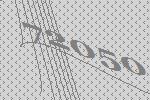
72050